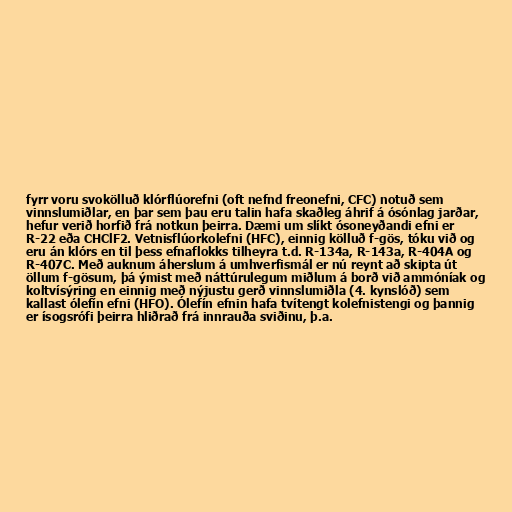
fyrr voru svokölluð klórflúorefni (oft nefnd freonefni, CFC) notuð sem
vinnslumiðlar, en þar sem þau eru talin hafa skaðleg áhrif á ósónlag jarðar,
hefur verið horfið frá notkun þeirra. Dæmi um slíkt ósoneyðandi efni er
R-22 eða CHClF2. Vetnisflúorkolefni (HFC), einnig kölluð f-gös, tóku við og
eru án klórs en til þess efnaflokks tilheyra t.d. R-134a, R-143a, R-404A og
R-407C. Með auknum áherslum á umhverfismál er nú reynt að skipta út
öllum f-gösum, þá ýmist með náttúrulegum miðlum á borð við ammóníak og
koltvísýring en einnig með nýjustu gerð vinnslumiðla (4. kynslóð) sem
kallast ólefín efni (HFO). Ólefín efnin hafa tvítengt kolefnistengi og þannig
er ísogsrófi þeirra hliðrað frá innrauða sviðinu, þ.a.